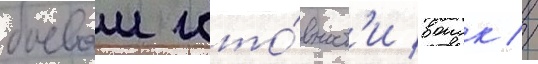
боевои гото́вност'и воиск //